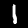
Label: 1